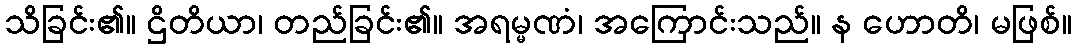
သိခြင်း၏။ ဌိတိယာ၊ တည်ခြင်း၏။ အရမ္မဏံ၊ အကြောင်းသည်။ န ဟောတိ၊ မဖြစ်။